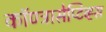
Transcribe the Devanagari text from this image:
कॉण्ट्रासेप्टिव्ह्स